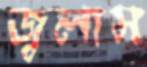
জ্বলাস